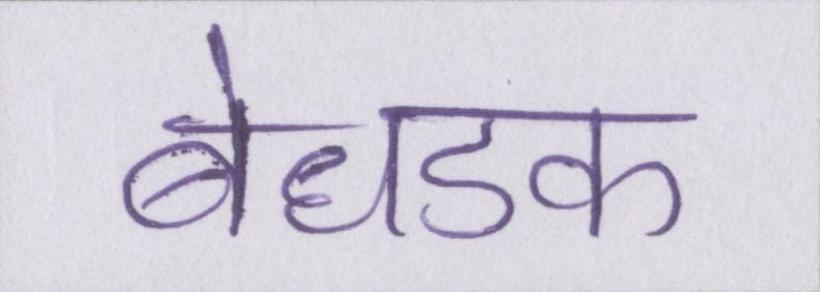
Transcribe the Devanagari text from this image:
बेधडक